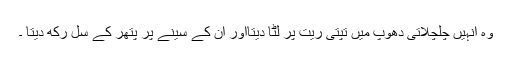
وہ انہیں چلچلاتی دھوپ میں تپتی ریت پر لٹا دیتااور ان کے سینے پر پتھر کے سل رکھ دیتا ۔